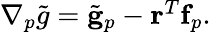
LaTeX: \begin{array}{r}{\nabla_{p}\tilde{g}=\tilde{\mathbf{g}}_{p}-\mathbf{r}^{T}\mathbf{f}_{p}.}\end{array}